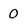
Character: 0